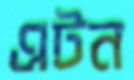
এটন